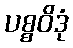
ပစ္စဝိဒုံ